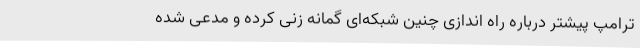
ترامپ پیشتر درباره راه اندازی چنین شبکه‌ای گمانه زنی کرده و مدعی شده